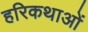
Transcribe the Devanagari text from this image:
हरिकथाओं